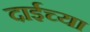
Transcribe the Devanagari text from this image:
दाईच्या